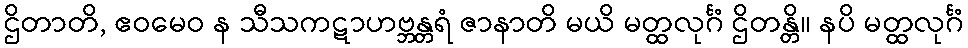
ဌိတာတိ, ဧဝမေဝ န သီသကဋာဟဗ္ဘန္တရံ ဇာနာတိ မယိ မတ္ထလုင်္ဂံ ဌိတန္တိ။ နပိ မတ္ထလုင်္ဂံ